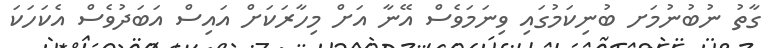
ގާތު ނުބުނުމަށ ބުނިކަމުގައި ވިނަމަވެސް އޭނާ އަށް މިހާރަކަށް އައިސް އަބަދުވެސް އެކަހަކަ